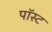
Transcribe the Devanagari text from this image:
पॉस्ट